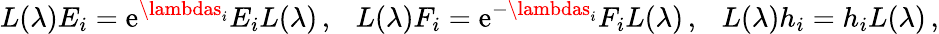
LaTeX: L(\lambda)E_{i}=\mathrm{e}^{\lambdas_{i}}E_{i}L(\lambda)\, ,~~~L(\lambda)F_{i}=\mathrm{e}^{-\lambdas_{i}}F_{i}L(\lambda)\, ,~~~L(\lambda)h_{i}=h_{i}L(\lambda)\, ,